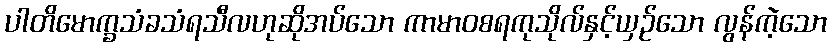
ပါတိမောက္ခသံခသံရသီလဟုဆိုအပ်သော ကာမာဝစရကုသိုလ်နှင့်ယှဉ်သော လွန်ကဲ့သော